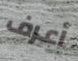
أعرف